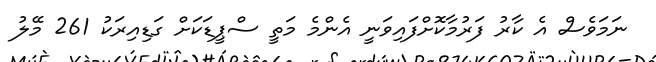
ނަމަވެސް އެ ކާރު ފަރުމާކޮށްފައިވަނީ އެންމެ މަތީ ސްޕީޑަކަށް ގަޑިއިރަކު 261 މޭލު